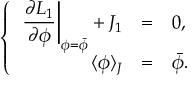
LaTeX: \left\{ \begin{array} { r c l } { { \displaystyle \left. \frac { \partial { \cal L } _ { 1 } } { \partial \phi } \right| _ { \phi = \bar { \phi } } + J _ { 1 } } } & { { = } } & { { 0 , } } \\ { { \langle \phi \rangle _ { J } } } & { { = } } & { { \bar { \phi } . } } \end{array} \right.